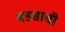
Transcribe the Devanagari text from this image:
बडसाची